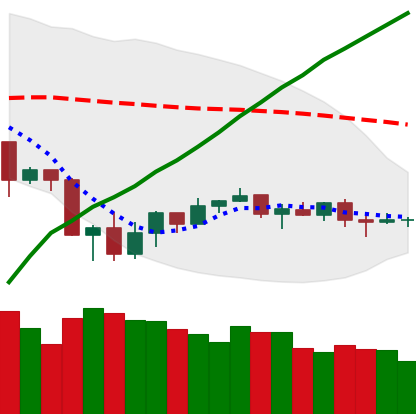
Ticker: ETC-USD
Chart end date: 2019-07-30
Forward return: 3.015%
Label: up_3_5